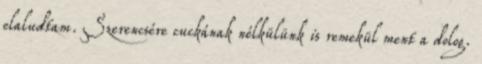
elaludtam. Szerencsére cuckának nélkülünk is remekül ment a dolog.